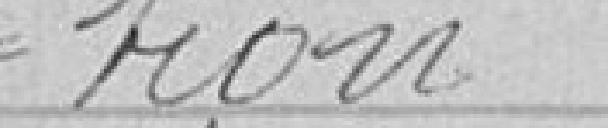
tion